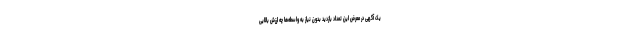
یک آگهی در معرض این تعداد بازدید بدون نیاز به واسطه‌ها چه ارزش بالایی